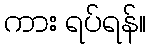
ကား ရပ်ရန်။